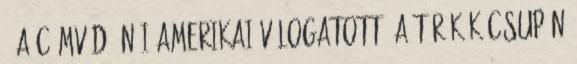
– a címvédő női amerikai válogatott. A törökök csupán